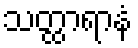
သတ္ထာရာနံ